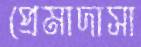
প্রেমাদাসা